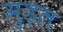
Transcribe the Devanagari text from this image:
मुड़ल